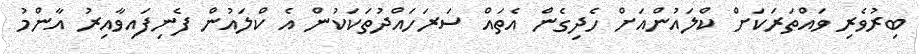
ބިރުވެރި ވައްތަރަކަށް ކްލައުންއަށް ހެދިގެން އެތައް ސަރަހައްދުތަކަކުން އެ ކްލައުން ފެނިފައިވާއިރު އާންމު